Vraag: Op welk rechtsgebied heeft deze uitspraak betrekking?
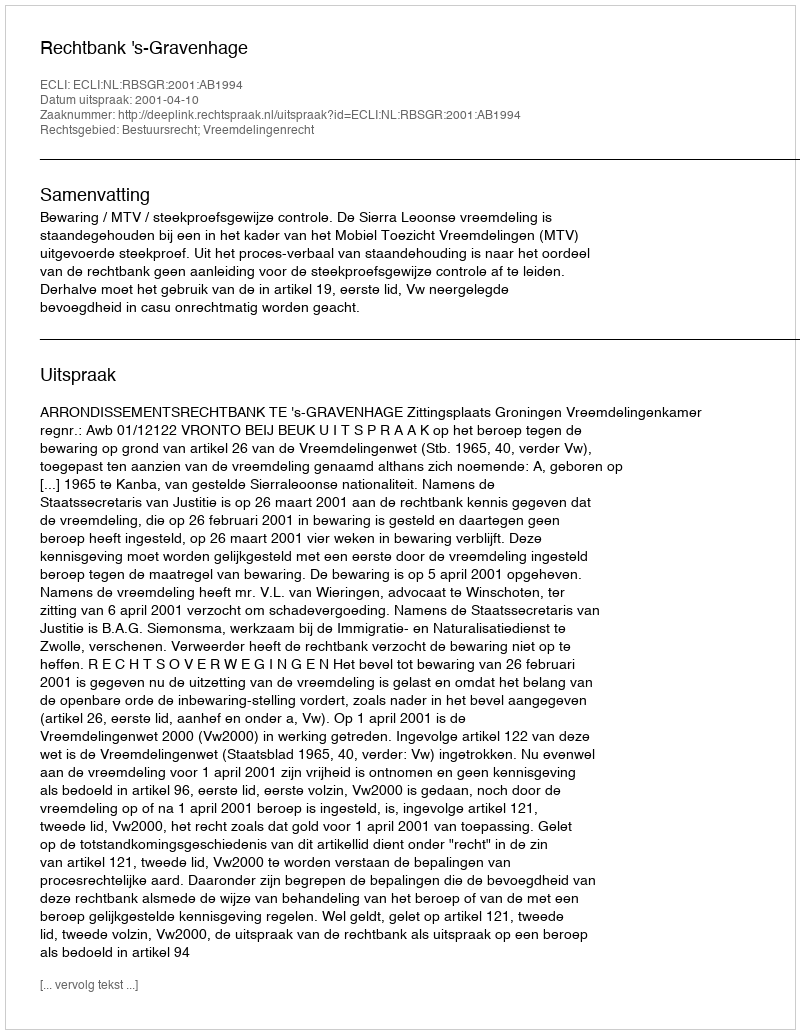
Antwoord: Bestuursrecht; Vreemdelingenrecht